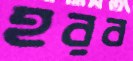
হরব